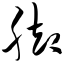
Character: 脚